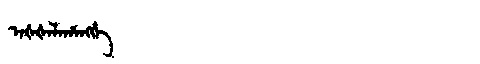
Manchu: ᠠᡧᡧᠠᠯᠠᡥᠠᠩᡤᡝ
Romanization: AŠŠALAHANGGE